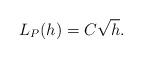
LaTeX: \begin{align*}L_P(h)=C\sqrt{h}. \end{align*}